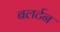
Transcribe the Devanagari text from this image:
बलर्टन